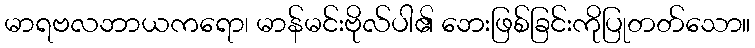
မာရဗလဘာယကရော၊ မာန်မင်းဗိုလ်ပါ၏ ဘေးဖြစ်ခြင်းကိုပြုတတ်သော။